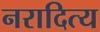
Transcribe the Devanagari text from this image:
नरादित्य